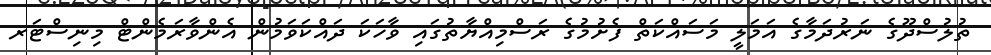
ތުލުސްދޫގެ ނަރުދަމާގެ އަމަލީ މަސައްކަތް ފެށުމުގެ ރަސްމިއްޔާތުގައި ވާހަކަ ދައްކަވަމުން އެންވާރަމެންޓް މިނިސްޓަރ